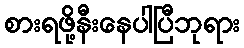
စားရဖို့နီးနေပါပြီဘုရား